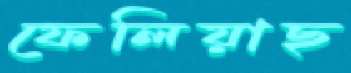
ফেলিয়াছ